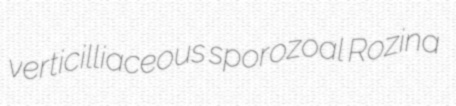
verticilliaceous sporozoal Rozina